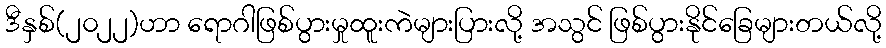
ဒီနှစ်(၂၀၂၂)ဟာ ရောဂါဖြစ်ပွားမှုထူးကဲများပြားလို့ အသွင် ဖြစ်ပွားနိုင်ခြေများတယ်လို့